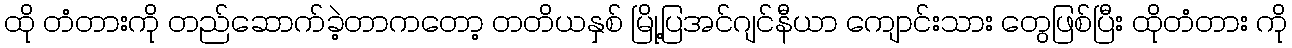
ထို တံတားကို တည်ဆောက်ခဲ့တာကတော့ တတိယနှစ် မြို့ပြအင်ဂျင်နီယာ ကျောင်းသား တွေဖြစ်ပြီး ထိုတံတား ကို